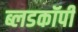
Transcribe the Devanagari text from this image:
ब्लडकॉपी